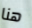
هنا